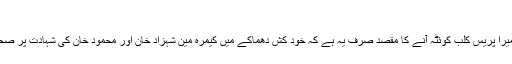
(خبر جاری ہے)
کمانڈر سدرن کمانڈ نے کہا کہ میرا پریس کلب کوئٹہ آنے کا مقصد صرف یہ ہے کہ خود کش دھماکے میں کیمرہ مین شہزاد خان اور محمود خان کی شہادت پر صحافیوں سے یکجہتی کیا جاسکے۔